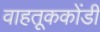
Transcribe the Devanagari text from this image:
वाहतूककोंडी